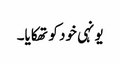
یونہی خود کو تھکایا۔